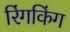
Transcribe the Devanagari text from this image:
रिंगकिंग